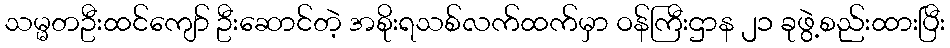
သမ္မတဦးထင်ကျော် ဦးဆောင်တဲ့ အစိုးရသစ်လက်ထက်မှာ ဝန်ကြီးဌာန ၂၁ ခုဖွဲ့စည်းထားပြီး